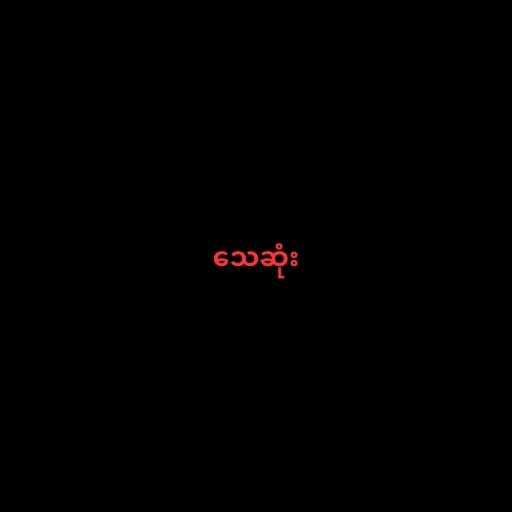
သေဆုံး